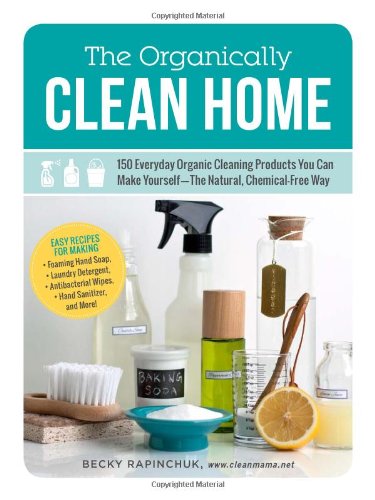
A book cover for The Organically Clean Home: 150 Everyday Organic Cleaning Products You Can Make Yourself--The Natural, Chemical-Free Way; Becky Rapinchuk; Crafts, Hobbies & Home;